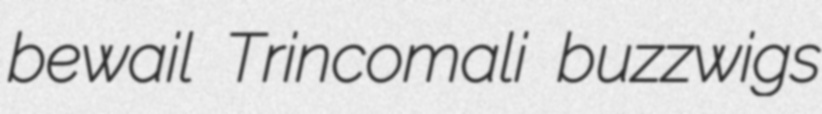
bewail Trincomali buzzwigs